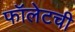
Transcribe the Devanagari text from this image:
फॉलेटची